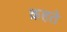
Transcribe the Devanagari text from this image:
क़हते